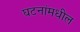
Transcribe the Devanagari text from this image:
घटनांमधील